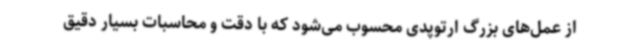
از عمل‌های بزرگ ارتوپدی محسوب می‌شود که با دقت و محاسبات بسیار دقیق